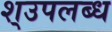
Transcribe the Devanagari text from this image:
श्उपलब्ध